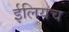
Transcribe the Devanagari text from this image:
ईलियच